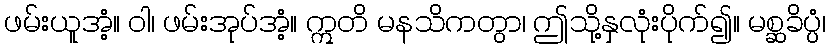
ဖမ်းယူအံ့။ ဝါ၊ ဖမ်းအုပ်အံ့။ ဣတိ မနသိကတွာ၊ ဤသို့နှလုံးပိုက်၍။ မစ္ဆခိပ္ပံ၊